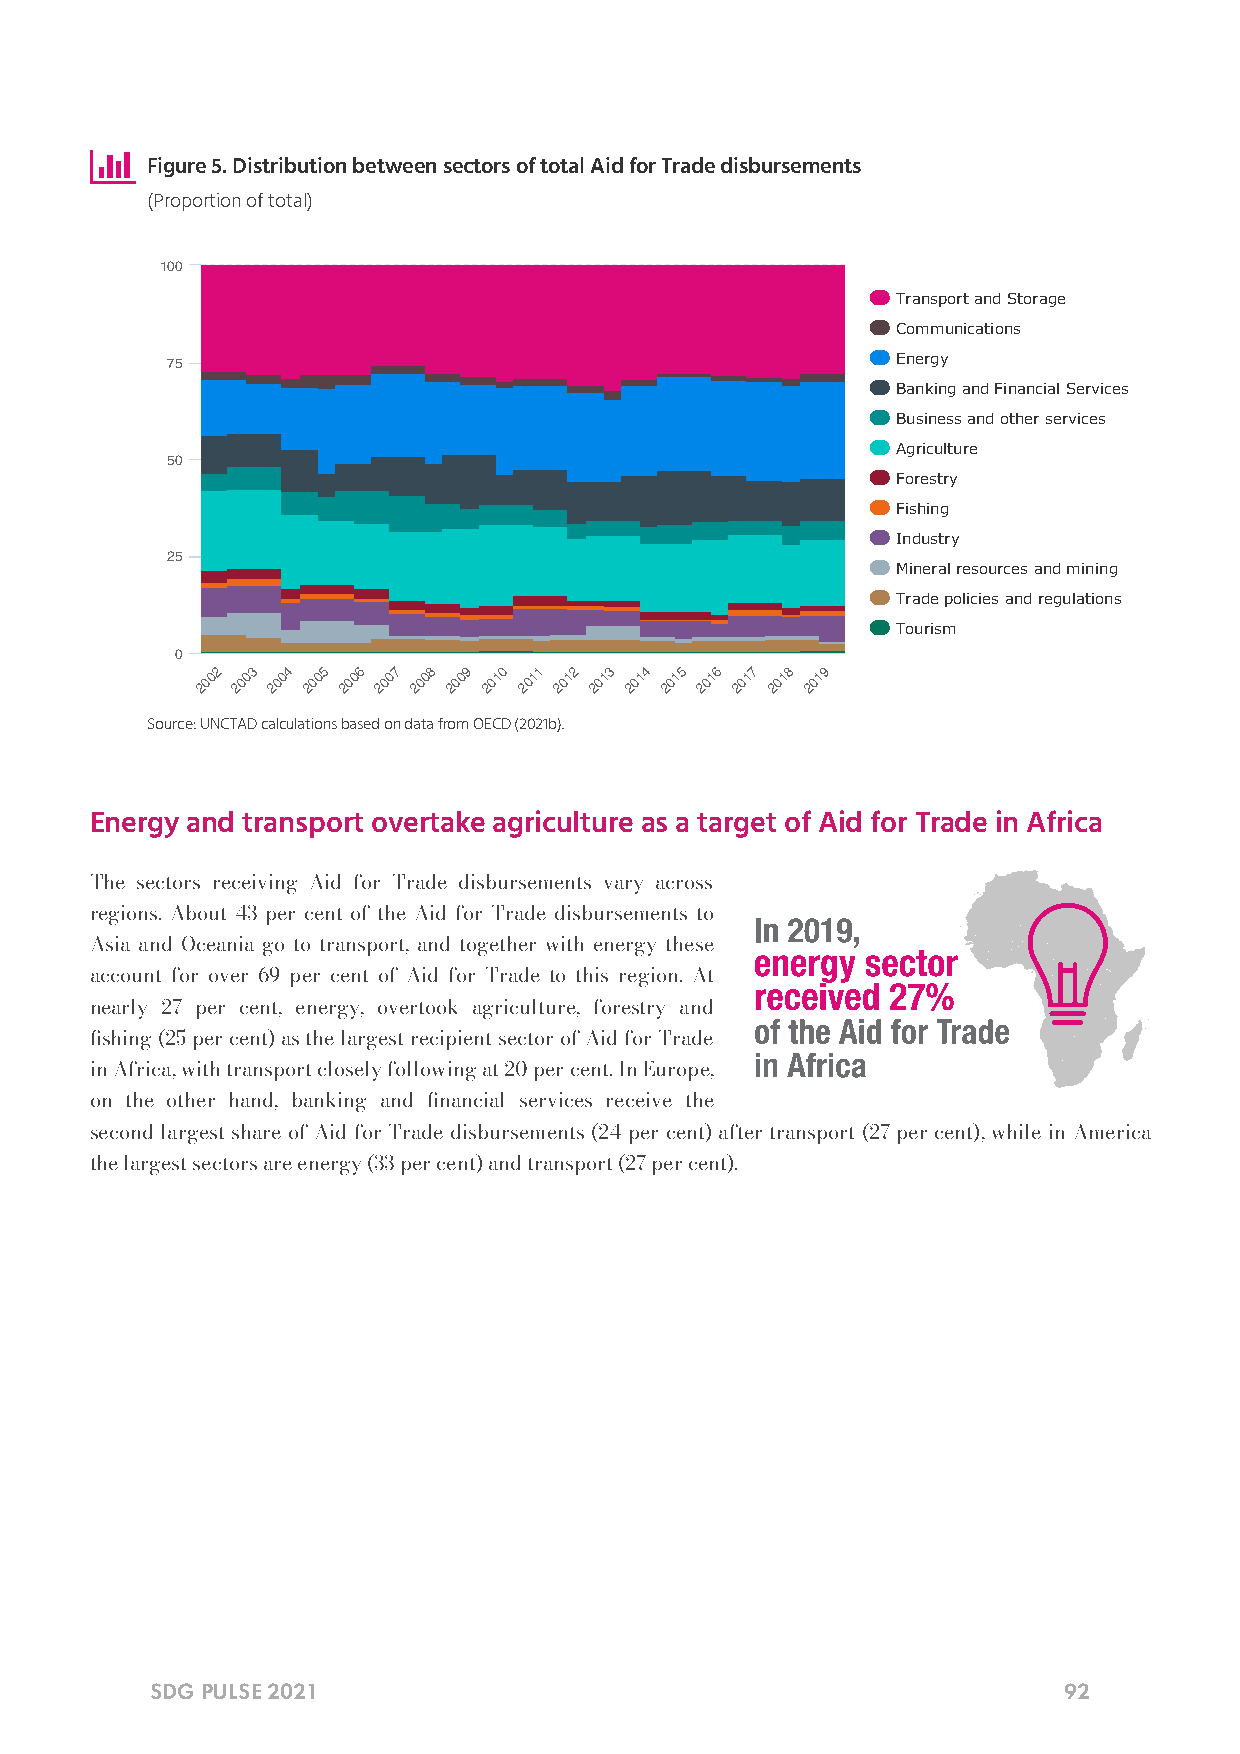

 Figure 5. Distribution between sectors of total Aid for Trade disbursements
 (Proportion of total)
 100
 Transport and Storage
 Communications
 75                                              Energy
 Banking and Financial Services
 Business and other services
 Agriculture
 50
 Forestry
 Fishing
 Industry
 25
 Mineral resources and mining
 Trade policies and regulations
 Tourism
 0
 2002 2003 2004 2005 2006 2007 2008 2009 2010 2011 2012 2013 2014 2015 2016 2017 2018 2019
 Source: UNCTAD calculations based on data from OECD (2021b).
 Energy and transport overtake agriculture as a target of Aid for Trade in Africa
 The sectors receiving Aid for Trade disbursements vary across
 regions. About 43 per cent of the Aid for Trade disbursements to
 Asia and Oceania go to transport, and together with energy these
 account for over 69 per cent of Aid for Trade to this region. At
 nearly 27 per cent, energy, overtook agriculture, forestry and
 shing (25 per cent) as the largest recipient sector of Aid for Trade
 in Africa, with transport closely following at 20 per cent. In Europe,
 on the other hand, banking and nancial services receive the
 second largest share of Aid for Trade disbursements (24 per cent) after transport (27 per cent), while in America
 the largest sectors are energy (33 per cent) and transport (27 per cent).
 SDG PULSE 2021                                              92